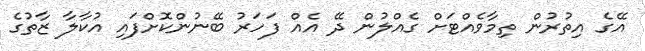
އޭގެ އިތުރުން ތިމާވެއްޓަށް ގެއްލުން ދޭ އެއް ފަހަރު ބޭނުންކޮށްފައި އުކާލާ ޒާތުގެ